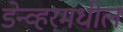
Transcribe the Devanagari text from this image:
डेन्व्हरमधील